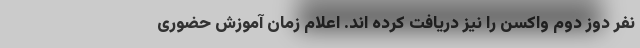
نفر دوز دوم واکسن را نیز دریافت کرده اند. اعلام زمان آموزش حضوری